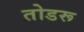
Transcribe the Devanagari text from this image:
तोडरू